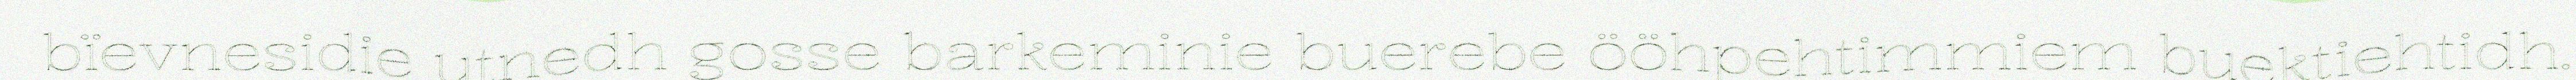
bïevnesidie utnedh gosse barkeminie buerebe ööhpehtimmiem buektiehtidh.